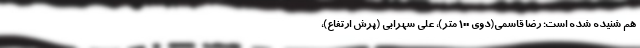
هم شنیده شده است؛ رضا قاسمی(دوی ۱۰۰ متر)، علی سهرابی (پرش ارتفاع)،